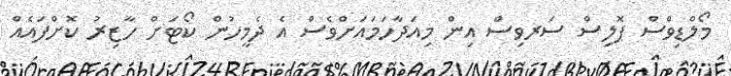
މޯލްޑިވްސް ޕޮލިސް ސަރވިސް އިން މިއަދާހަމައަށްވެސް އެ ދެމީހުން ކޯޓަށް ހާޒިރު ކޮށްފައެއް